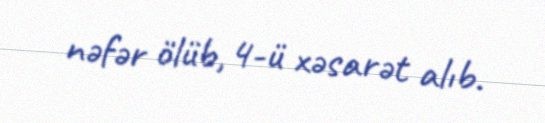
nəfər ölüb, 4-ü xəsarət alıb.